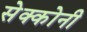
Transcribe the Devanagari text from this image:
सेक्कोनी